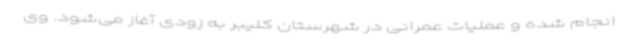
انجام شده و عملیات عمرانی در شهرستان کلیبر به زودی آغاز می‌شود. وی